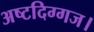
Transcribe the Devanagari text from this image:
अष्टदिग्गज।